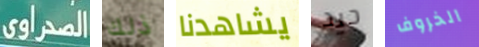
الصحراوى ذلك يشاهدنا جيد الخروف